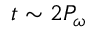
t \sim 2 P _ { \omega }